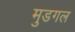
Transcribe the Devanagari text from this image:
मुडगल